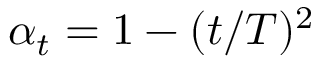
\alpha _ { t } = 1 - ( t / T ) ^ { 2 }